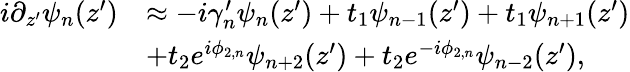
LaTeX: \begin{array}{rl}{i\partial_{z^{\prime}}\psi_{n}(z^{\prime})}&{\approx-i\gamma_{n}^{\prime}\psi_{n}(z^{\prime})+t_{1}\psi_{n-1}(z^{\prime})+t_{1}\psi_{n+1}(z^{\prime})}\\ &{+t_{2}e^{i\phi_{2,n}}\psi_{n+2}(z^{\prime})+t_{2}e^{-i\phi_{2,n}}\psi_{n-2}(z^{\prime}),}\end{array}